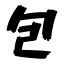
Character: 包